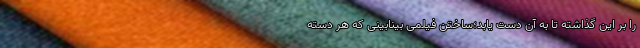
را بر این گذاشته تا به آن دست یابد؛ساختن فیلمی بینابینی که هر دسته